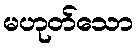
မဟုတ်သော